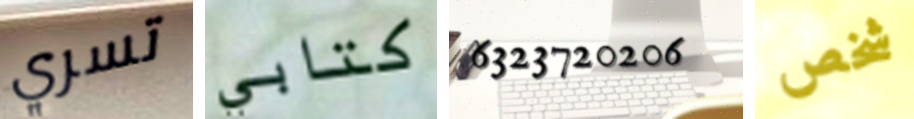
تسري كتابي 6323720206 شخص